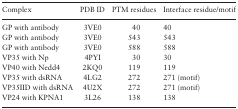
<table><thead><tr><td><b>Complex</b></td><td><b>PDB ID</b></td><td><b>PTM residues</b></td><td><b>Interface residue/motif</b></td></tr></thead><tbody><tr><td>GP with antibody</td><td>3VE0</td><td>40</td><td>40</td></tr><tr><td>GP with antibody</td><td>3VE0</td><td>543</td><td>543</td></tr><tr><td>GP with antibody</td><td>3VE0</td><td>588</td><td>588</td></tr><tr><td>VP35 with Np</td><td>4PYI</td><td>30</td><td>30</td></tr><tr><td>VP40 with Nedd4</td><td>2KQ0</td><td>119</td><td>119</td></tr><tr><td>VP35 with dsRNA</td><td>4LG2</td><td>272</td><td>271 (motif)</td></tr><tr><td>VP35IID with dsRNA</td><td>4U2X</td><td>272</td><td>271 (motif)</td></tr><tr><td>VP24 with KPNA1</td><td>3L26</td><td>138</td><td>138</td></tr></tbody></table>